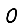
Digit: 0